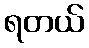
ရတယ်